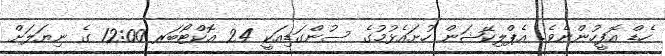
ހެޑް އޮފީހުންނެވެ. އެޕްލިކޭޝަން ހުށައެޅުމުގެ ސުންގަޑިއަކީ 24 އޮކްޓޯބަރ 12:00 ގެ ނިޔަލަށް